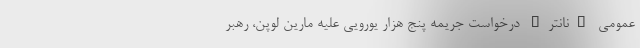
عمومی "نانتر" درخواست جریمه پنج هزار یورویی علیه مارین لوپن، رهبر